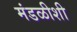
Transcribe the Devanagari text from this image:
मंडळीशी